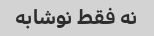
نه فقط نوشابه